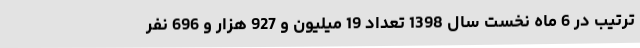
ترتیب در 6 ماه نخست سال 1398 تعداد 19 میلیون و 927 هزار و 696 نفر